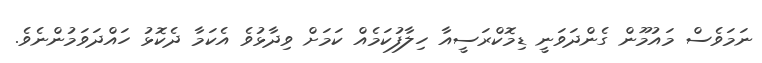
ނަމަވެސް މައުމޫން ގެންދަވަނީ ޑިމޮކްރަސީއާ ހިލާފުކަމެއް ކަމަށް ވިދާޅުވެ އެކަމާ ދެކޮޅު ހައްދަވަމުންނެވެ.